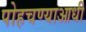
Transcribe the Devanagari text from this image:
पोहचण्याआधी